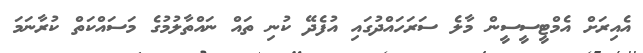
އެއިރަށް އެމްޓީސީސީން މާލެ ސަރަހައްދުގައި އުފެދޭ ކުނި ތައް ނައްތާލުމުގެ މަސައްކަތް ކުރާނަމަ